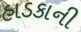
હાડકાની